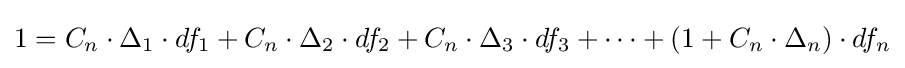
1=C_{n}\cdot \Delta _{1}\cdot df_{1}+C_{n}\cdot \Delta _{2}\cdot df_{2}+C_{n}\cdot \Delta _{3}\cdot df_{3}+\cdots +(1+C_{n}\cdot \Delta _{n})\cdot df_{n}